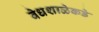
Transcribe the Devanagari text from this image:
वेधशाळेकडे